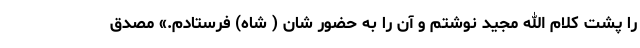
را پشت کلام الله مجید نوشتم و آن را به حضور شان ( شاه) فرستادم.» مصدق